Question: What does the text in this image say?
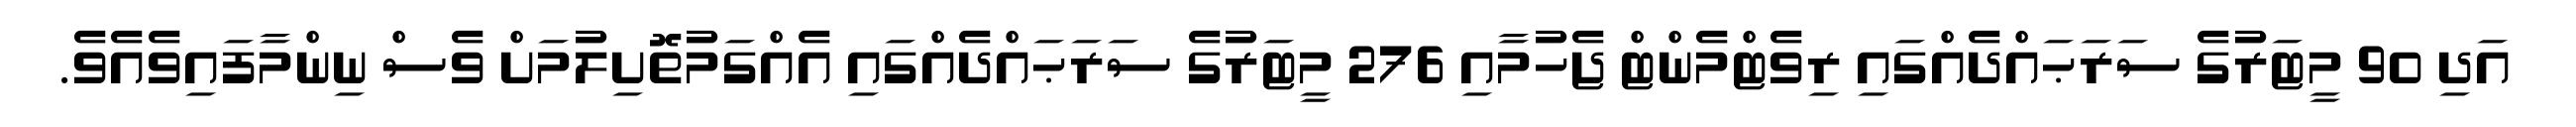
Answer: އަދި 90 މީޓަރުގެ ސަރަޙައްދެއްގައި ރިވެޓްމެންޓް ޖެހުމާއި 276 މީޓަރުގެ ސަރަޙައްދެއްގައި އެއްގަމުތޮށިލުމަށް ވެސް ނިންމާފައިވެއެވެ.